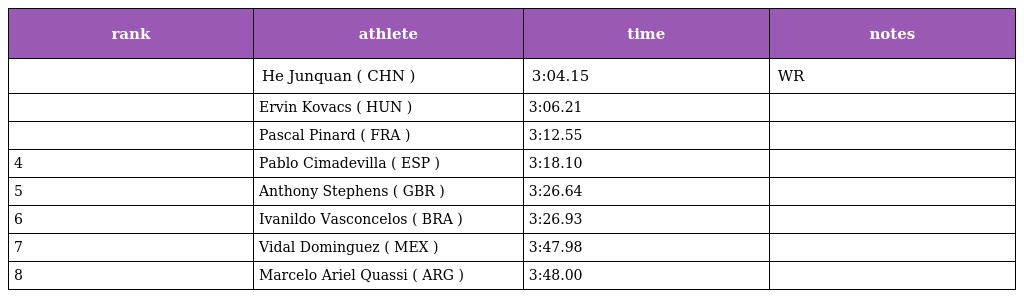
| rank | athlete | time | notes |
 | --- | --- | --- | --- |
 |  | He Junquan ( CHN ) | 3:04.15 | WR |
 |  | Ervin Kovacs ( HUN ) | 3:06.21 |  |
 |  | Pascal Pinard ( FRA ) | 3:12.55 |  |
 | 4 | Pablo Cimadevilla ( ESP ) | 3:18.10 |  |
 | 5 | Anthony Stephens ( GBR ) | 3:26.64 |  |
 | 6 | Ivanildo Vasconcelos ( BRA ) | 3:26.93 |  |
 | 7 | Vidal Dominguez ( MEX ) | 3:47.98 |  |
 | 8 | Marcelo Ariel Quassi ( ARG ) | 3:48.00 |  |